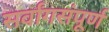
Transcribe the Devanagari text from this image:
सर्वांगसंपूर्ण